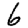
Digit: 6